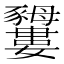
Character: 𧲕